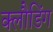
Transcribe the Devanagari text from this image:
क्लौडिंग